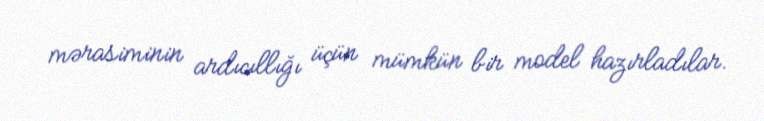
mərasiminin ardıcıllığı üçün mümkün bir model hazırladılar.